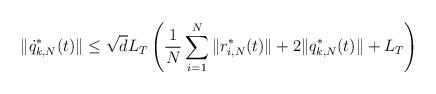
LaTeX: \begin{align*}\|\dot q^*_{k,N}(t)\|\le \sqrt{d}L_T\left(\frac{1}{N}\sum_{i=1}^N\|r^*_{i,N}(t)\|+2\|q^*_{k,N}(t)\|+L_T\right)\end{align*}